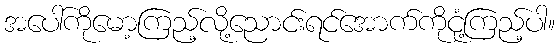
အပေါ်ကိုမော့ကြည့်လို့ညောင်းရင်အောက်ကိုငုံ့ကြည့်ပါ။